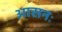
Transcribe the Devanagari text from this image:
आसनः